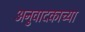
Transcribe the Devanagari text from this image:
अनुवादकाच्या